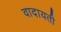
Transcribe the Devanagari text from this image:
वादायती